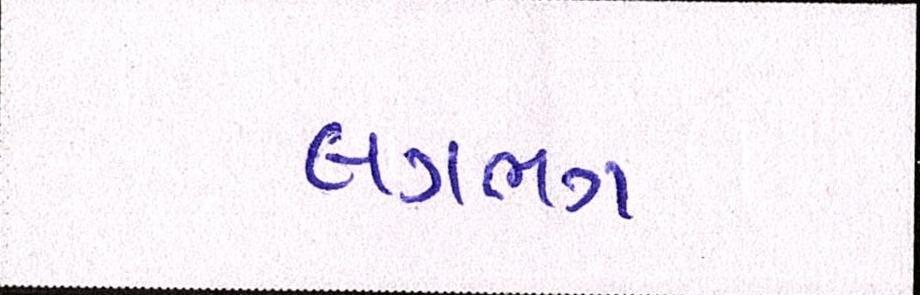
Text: લગભગ